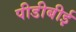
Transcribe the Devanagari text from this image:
पीडीबीई